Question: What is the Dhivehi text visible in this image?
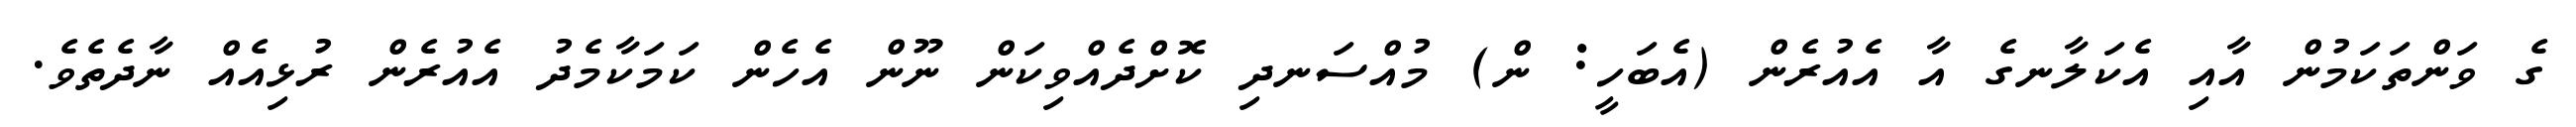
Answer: ގެ ވަންތަކަމުން އާއި އެކަލާނގެ އާ އެއުރެން (އެބަހީ: ން) މުއްސަނދި ކޮށްދެއްވިކަން ނޫން އެހެން ކަމަކާމެދު އެއުރެން ރުޅިއެއް ނާދެތެވެ.